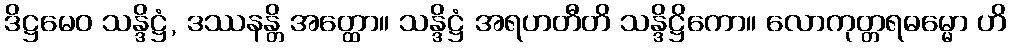
ဒိဋ္ဌမေဝ သန္ဒိဋ္ဌံ, ဒဿနန္တိ အတ္ထော။ သန္ဒိဋ္ဌံ အရဟတီတိ သန္ဒိဋ္ဌိကော။ လောကုတ္တရဓမ္မော ဟိ